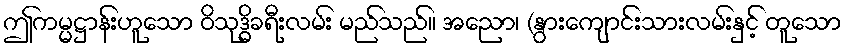
ဤကမ္မဋ္ဌာန်းဟူသော ဝိသုဒ္ဓိခရီးလမ်း မည်သည်။ အညော၊ (နွားကျောင်းသားလမ်းနှင့် တူသော